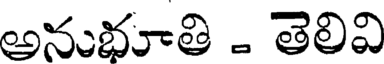
అనుభూతి - తెలివి